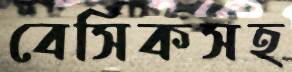
বেসিকসহ